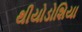
થીયોડોશિયા